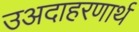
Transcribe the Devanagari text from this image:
उअदाहरणार्थ